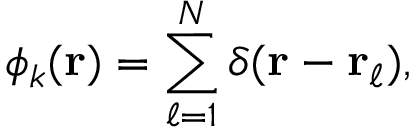
\phi _ { k } ( \mathbf { r } ) = \sum _ { \ell = 1 } ^ { N } \delta ( \mathbf { r } - \mathbf { r } _ { \ell } ) ,